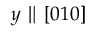
y \parallel [ 0 1 0 ]